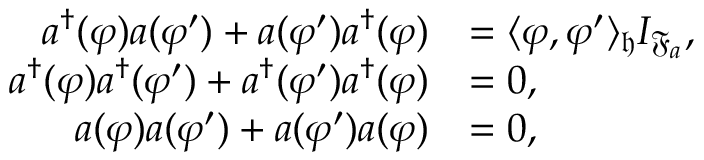
\begin{array} { r l } { a ^ { \dag } ( \varphi ) a ( \varphi ^ { \prime } ) + a ( \varphi ^ { \prime } ) a ^ { \dag } ( \varphi ) } & { = \langle \varphi , \varphi ^ { \prime } \rangle _ { \mathfrak { h } } I _ { \mathfrak { F } _ { a } } , } \\ { a ^ { \dag } ( \varphi ) a ^ { \dag } ( \varphi ^ { \prime } ) + a ^ { \dag } ( \varphi ^ { \prime } ) a ^ { \dag } ( \varphi ) } & { = 0 , } \\ { a ( \varphi ) a ( \varphi ^ { \prime } ) + a ( \varphi ^ { \prime } ) a ( \varphi ) } & { = 0 , } \end{array}